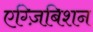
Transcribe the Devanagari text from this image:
एग्ज़िबिशन